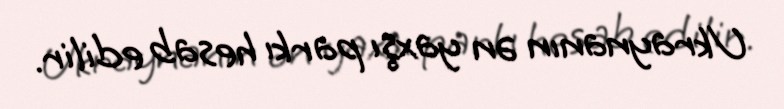
Ukraynanın ən yaxşı parkı hesab edilir.